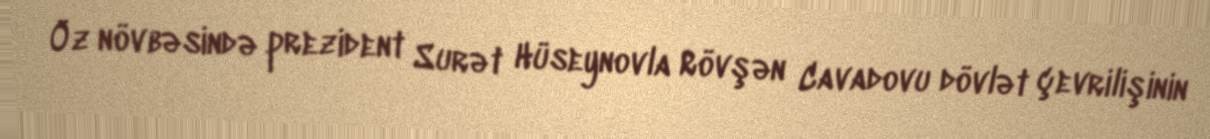
Öz növbəsində prezident Surət Hüseynovla Rövşən Cavadovu dövlət çevrilişinin